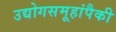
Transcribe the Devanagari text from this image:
उद्योगसमूहांपैकी